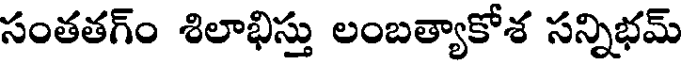
సంతతగ్ం శిలాభిస్తు లంబత్యాకోశ సన్నిభమ్